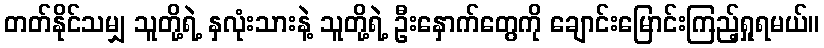
တတ်နိုင်သမျှ သူတို့ရဲ့ နှလုံးသားနဲ့ သူတို့ရဲ့ ဦးနှောက်တွေကို ချောင်းမြောင်းကြည့်ရှုရမယ်။